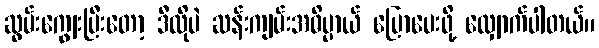
ဆွမ်းကျွေးပြီးတော့ ဒီလိုပဲ ဆန်းကျမ်းအဓိပ္ပာယ် ပြောပေးဖို့ လျှောက်ပါတယ်။